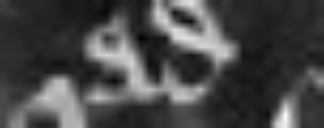
ad